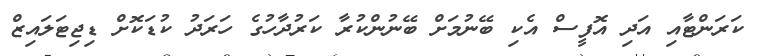
ކަރަންޓާއި އަދި އޮފީސް އެކި ބޭނުމަށް ބޭނުންކުރާ ކަރުދާހުގެ ހަރަދު ކުޑަކޮށް ޑިޖިޓަލައިޒް